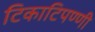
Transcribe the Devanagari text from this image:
टिकाटिपण्णी